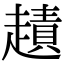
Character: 䟄